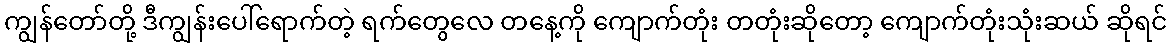
ကျွန်တော်တို့ ဒီကျွန်းပေါ်ရောက်တဲ့ ရက်တွေလေ တနေ့ကို ကျောက်တုံး တတုံးဆိုတော့ ကျောက်တုံးသုံးဆယ် ဆိုရင်